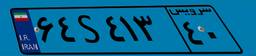
۶۴S۴۱۳۴۰